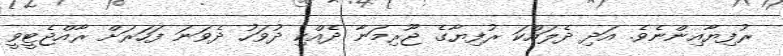
ރުފިޔާއިންނެވެ. އަދި ދެލައްކަ ރުފިޔާގެ ޖޫރިމަނާ ދެއްކި ދުވަހު ދެވަނަ ފަހަރަށް ރާއްޖެޓީވީ